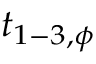
t _ { 1 - 3 , \phi }